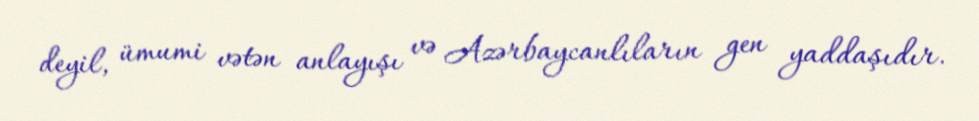
deyil, ümumi vətən anlayışı və Azərbaycanlıların gen yaddaşıdır.